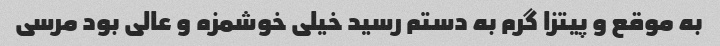
به موقع و پیتزا گرم به دستم رسید خیلی خوشمزه و عالی بود مرسی